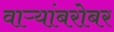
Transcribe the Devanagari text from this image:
वाऱ्यांबरोबर